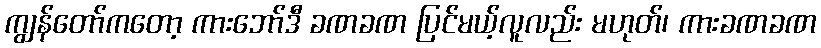
ကျွန်တော်ကတော့ ကားဘော်ဒီ ခဏခဏ ပြင်မယ့်လူလည်း မဟုတ်၊ ကားခဏခဏ